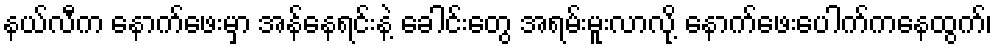
နယ်လီက နောက်ဖေးမှာ အန်နေရင်းနဲ့ ခေါင်းတွေ အရမ်းမူးလာလို့ နောက်ဖေးပေါက်ကနေထွက်၊